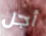
أجل